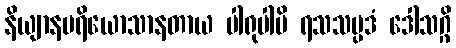
နိယျာနပရိယောသာနတာယ ပါရုပါမိ ရသသမ္ပဒံ ဒေါသဂ္ဂိ